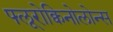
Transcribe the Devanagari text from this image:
फ्लूरोक्विनोलोन्स